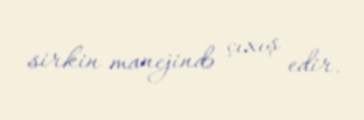
sirkin manejində çıxış edir.